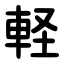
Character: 軽